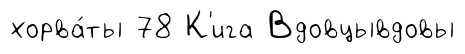
хорва́ты 78 К'ига Вдовцывдовы